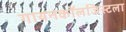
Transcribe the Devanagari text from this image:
गायनकॉलजिस्टला